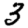
Digit: 3